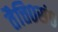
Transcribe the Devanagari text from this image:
तैत्ति०सं०